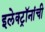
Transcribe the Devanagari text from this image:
इलेक्ट्रॉनांची